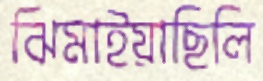
ঝিমাইয়াছিলি